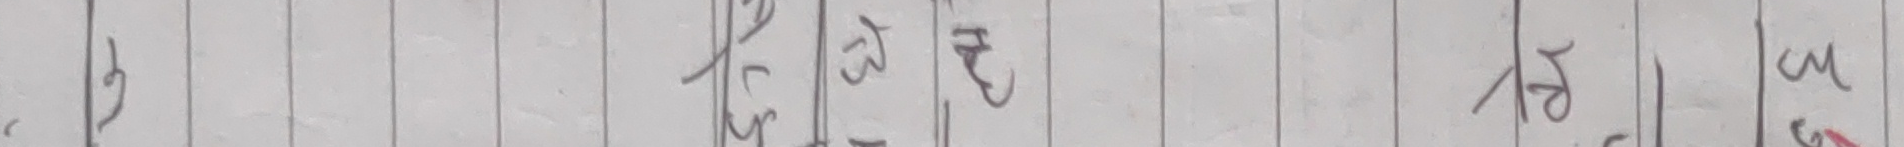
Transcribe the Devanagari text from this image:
२ ३ १२/५ १३ ४ १४ ३ ६ १८ ३ ८ ३